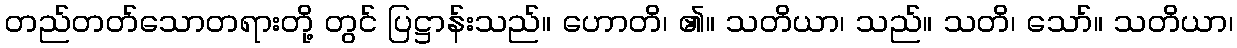
တည်တတ်သောတရားတို့ တွင် ပြဋ္ဌာန်းသည်။ ဟောတိ၊ ၏။ သတိယာ၊ သည်။ သတိ၊ သော်။ သတိယာ၊